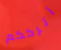
أترككم